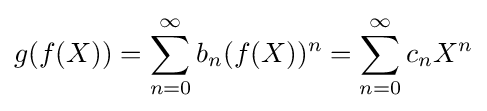
g(f(X))=\sum _{n=0}^{\infty }b_{n}(f(X))^{n}=\sum _{n=0}^{\infty }c_{n}X^{n}